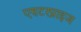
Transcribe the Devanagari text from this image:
एण्टरप्राइज